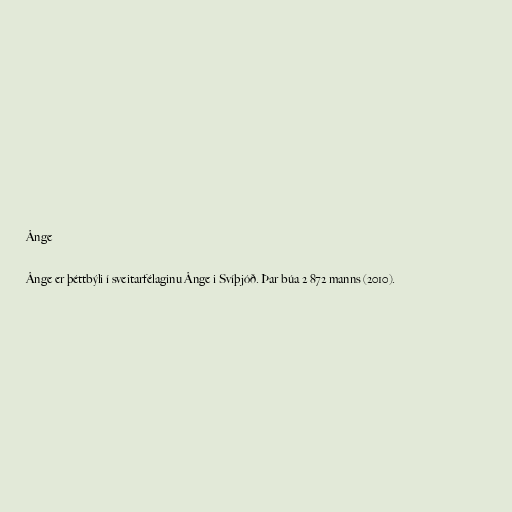
Ånge

Ånge er þéttbýli í sveitarfélaginu Ånge i Svíþjóð. Þar búa 2 872 manns (2010).